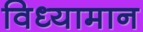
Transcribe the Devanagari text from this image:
विध्यामान